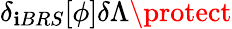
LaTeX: \delta_{\mathbf{i}BRS}[\phi]\delta\Lambda\protect